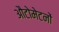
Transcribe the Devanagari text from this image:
औटोमेटनों